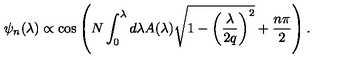
\psi _ { n } ( \lambda ) \propto { \cos } \left( N \int _ { 0 } ^ { \lambda } d \lambda A ( \lambda ) \sqrt { 1 - \left( \frac { \lambda } { 2 q } \right) ^ { 2 } } + \frac { n \pi } { 2 } \right) .